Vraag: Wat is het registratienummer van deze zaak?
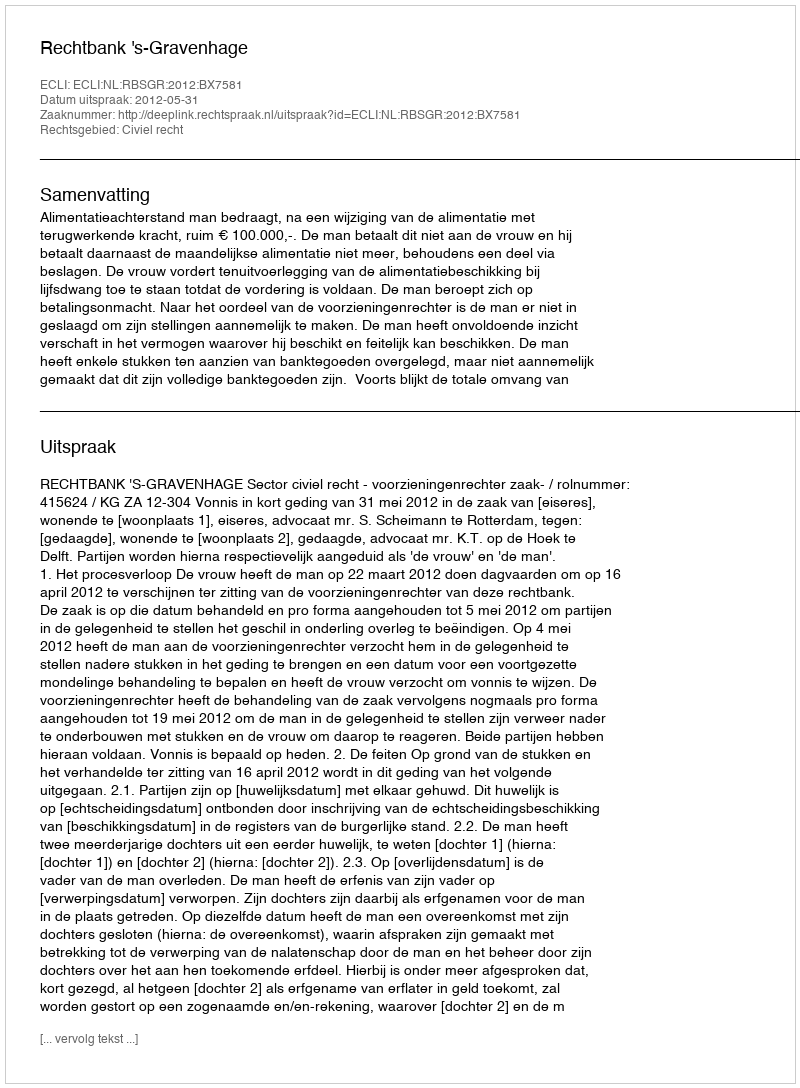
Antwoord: http://deeplink.rechtspraak.nl/uitspraak?id=ECLI:NL:RBSGR:2012:BX7581